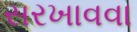
સરખાવવા